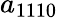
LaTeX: a_{1110}